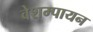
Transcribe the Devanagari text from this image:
वेशम्पायन